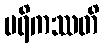
ပရိကဿတိ